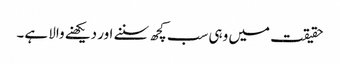
حقیقت میں وہی سب کچھ سننے اور دیکھنے والا ہے۔